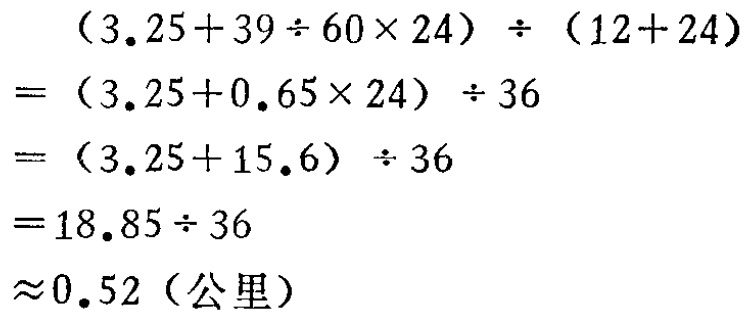
\[
\begin{align*}
&(3.25 + 39\div60\times24)\div(12 + 24)\\
=&(3.25 + 0.65\times24)\div36\\
=&(3.25 + 15.6)\div36\\
=&18.85\div36\\
\approx&0.52 (\text{公里})
\end{align*}
\]